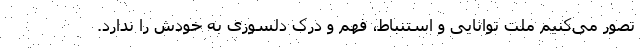
تصور می‌کنیم ملت توانایی و استنباط، فهم و درک دلسوزی به خودش را ندارد.